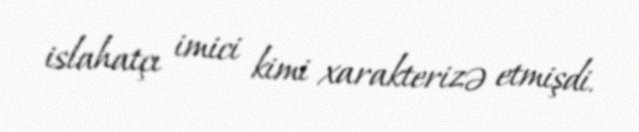
islahatçı imici kimi xarakterizə etmişdi.